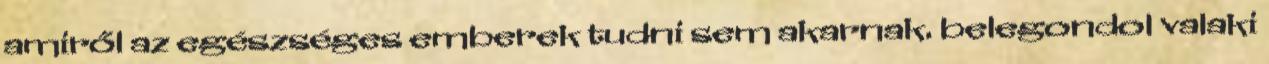
amiről az egészséges emberek tudni sem akarnak. belegondol valaki